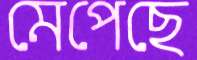
মেপেছে